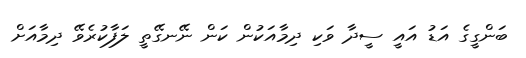
ބަންގީގެ އަޑު އައީ ސީދާ ވަކި ދިމާއަކުން ކަން ނޭނގޭތީ ލަފާކުރެވޭ ދިމާއަށް